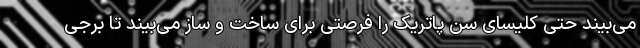
می‌بیند حتی کلیسای سن پاتریک را فرصتی برای ساخت و ساز می‌بیند تا برجی